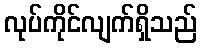
လုပ်ကိုင်လျက်ရှိသည်